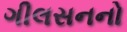
ગીલસનનો